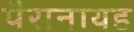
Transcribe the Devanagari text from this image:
पैरानायड